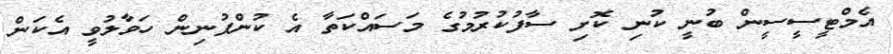
އެމްޓީސީސީން ބުނީ ކުނި ކޮށި ސާފުކުރުމުގެ މަސައްކަތާ އެ ކުންފުނިން ހަވާލުވީ އެކަން